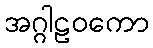
အဂ္ဂါဠဝကော